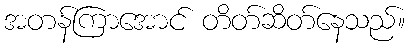
အတန်ကြာအောင် တိတ်ဆိတ်နေသည်။